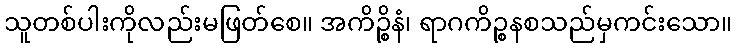
သူတစ်ပါးကိုလည်းမဖြတ်စေ။ အကိဉ္စိနံ၊ ရာဂကိဉ္စနစသည်မှကင်းသော။